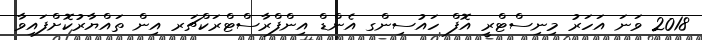
2018 ވަނަ އަހަރު މިނިސްޓްރީ އޮފް ހައުސިންގ އެންޑް އިންފްރާސްޓްރަކްޗަރ އިން ތައްޔާރުކޮށްފައިވާ